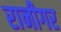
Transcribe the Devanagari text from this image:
रानीगर